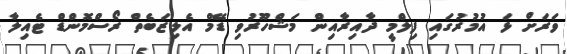
ވަރަށް ޅަ އުމުރުގައި ފިލްމީ ދާއިރާއިން މަޝްހޫރުވި ޑޭމް އެލިޒަބެތް ރޯސްމޮންޑް ޓެއިލާ